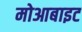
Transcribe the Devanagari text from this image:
मोआबाइट